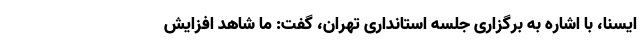
ایسنا، با اشاره به برگزاری جلسه استانداری تهران، گفت: ما شاهد افزایش